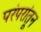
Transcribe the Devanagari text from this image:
परंपरांतून